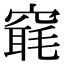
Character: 𥧢